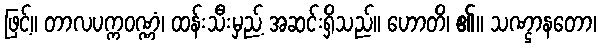
ဖြင့်။ တာလပက္ကဝဏ္ဏံ၊ ထန်းသီးမှည့် အဆင်းရှိသည်။ ဟောတိ၊ ၏။ သဏ္ဌာနတော၊